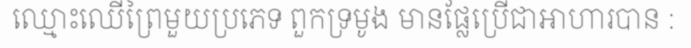
ឈ្មោះឈើព្រៃមួយប្រភេទ ពួកទ្រមូង មានផ្លែប្រើជាអាហារបាន :